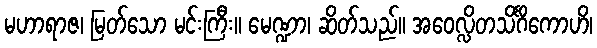
မဟာရာဇ၊ မြတ်သော မင်းကြီး။ မေဏ္ဍာ၊ ဆိတ်သည်။ အဝေလ္လိတသိင်္ဂိကောဟိ၊